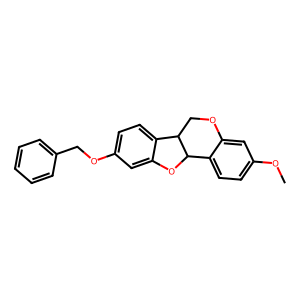
SMILES: COc1ccc2c(c1)OCC1c3ccc(OCc4ccccc4)cc3OC21
Inhibits HIV replication: Yes